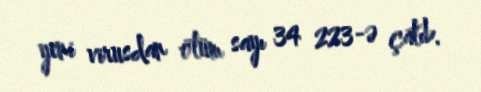
yeni virusdan ölüm sayı 34 223-ə çatıb.